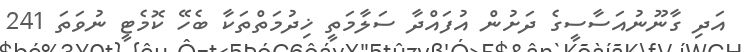
އަދި ގާނޫނުއަސާސީގެ ދަށުން އުފައްދާ ސަލާމަތީ ޚިދުމަތްތަކާ ބެހޭ ކޮމެޓީ ނުވަތަ 241